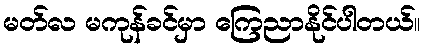
မတ်လ မကုန်ခင်မှာ ကြေညာနိုင်ပါတယ်။